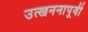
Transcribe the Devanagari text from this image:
उत्खननापूर्वी